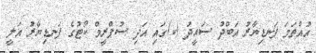
އުއްތަމަ ފަނޑިޔާރު އަބްދު ސައީދު (ކ)ގައި އަދި ސުޕްރީމް ކޯޓުގެ ފަނޑިޔާރު އަލީ